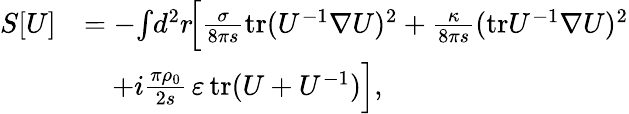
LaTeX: \begin{array}{rl}{S[U]}&{=-\! \int\! d^{2}r\! \Big[\frac{\sigma}{8\pi s}\mathrm{tr}(U^{-1}\nabla U)^{2}+\frac{\kappa}{8\pi s}(\mathrm{tr}U^{-1}\nabla U)^{2}}\\ &{\quad+i\frac{\pi\rho_{0}}{2s}\, \varepsilon\, \mathrm{tr}(U+U^{-1})\Big],}\end{array}